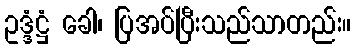
ဥဒ္ဒံဋ္ဌံ ခေါ၊ ပြအပ်ပြီးသည်သာတည်း။